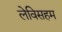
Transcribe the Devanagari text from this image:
लेविसहम